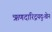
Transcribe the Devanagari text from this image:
ऋणदारिद्रयदुःखेन